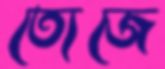
ত্যেজে